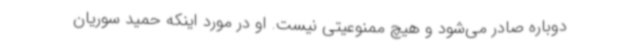
دوباره صادر می‌شود و هیچ ممنوعیتی نیست. او در مورد اینکه حمید سوریان